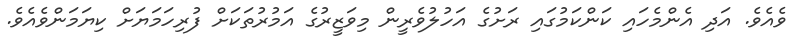
ވެއެވެ. އަދި އެންމެހައި ކަންކަމުގައި ރަށުގެ އަހުލުވެރީން މިވަޒީރުގެ އަމުރުތަކަށް ފުރިހަމަޔަށް ކިޔަމަންވެއެވެ.